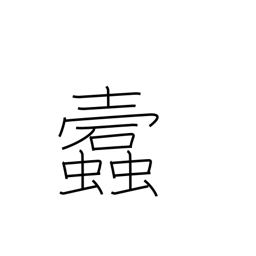
Meaning: worm-eaten